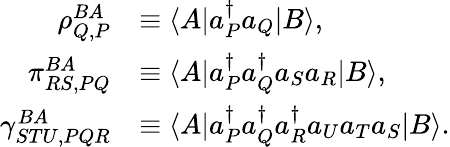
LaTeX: \begin{array}{rl}{\rho_{Q,P}^{BA}}&{\equiv\langle A|a_{P}^{\dagger}a_{Q}|B\rangle,}\\ {\pi_{RS,PQ}^{BA}}&{\equiv\langle A|a_{P}^{\dagger}a_{Q}^{\dagger}a_{S}a_{R}|B\rangle,}\\ {\gamma_{STU,PQR}^{BA}}&{\equiv\langle A|a_{P}^{\dagger}a_{Q}^{\dagger}a_{R}^{\dagger}a_{U}a_{T}a_{S}|B\rangle.}\end{array}